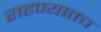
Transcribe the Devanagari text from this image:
राहण्यातच